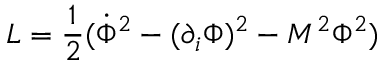
{ \cal L } = \frac { 1 } { 2 } ( \dot { \Phi } ^ { 2 } - ( \partial _ { i } \Phi ) ^ { 2 } - M ^ { 2 } \Phi ^ { 2 } )